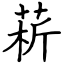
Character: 菥